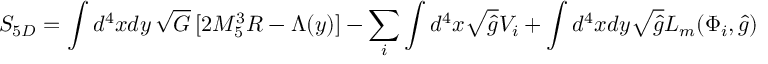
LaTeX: { \cal S } _ { 5 D } = \int d ^ { 4 } x d y \, \sqrt { G } \, [ 2 M _ { 5 } ^ { 3 } R - \Lambda ( y ) ] - \sum _ { i } \int d ^ { 4 } x \sqrt { \hat { g } } V _ { i } + \int d ^ { 4 } x d y \sqrt { \hat { g } } { \cal L } _ { m } ( \Phi _ { i } , \hat { g } )